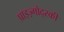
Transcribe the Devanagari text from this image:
प्राइज़्गोद्स्की